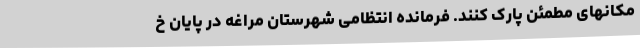
مکانهای مطمئن پارک کنند. فرمانده انتظامی شهرستان مراغه در پایان خ